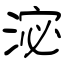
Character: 淧